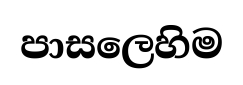
පාසලෙහිම